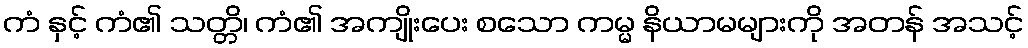
ကံ နှင့် ကံ၏ သတ္တိ၊ ကံ၏ အကျိုးပေး စသော ကမ္မ နိယာမများကို အတန် အသင့်